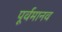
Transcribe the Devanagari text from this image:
पूर्वमानव